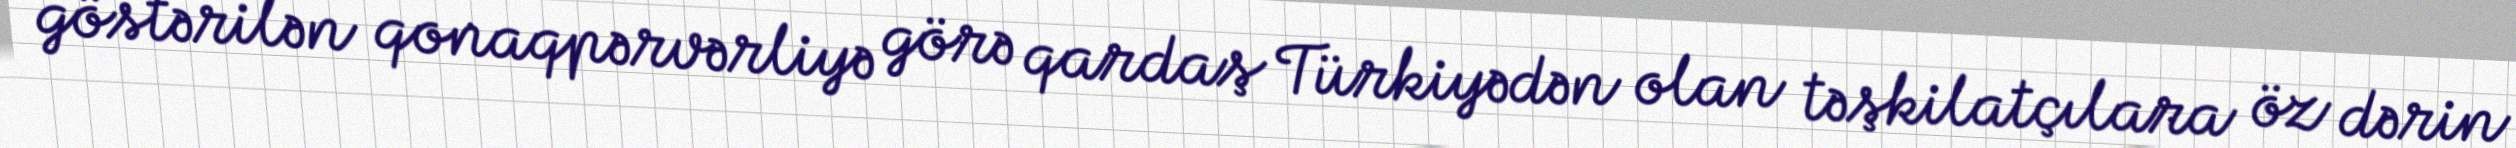
göstərilən qonaqpərvərliyə görə qardaş Türkiyədən olan təşkilatçılara öz dərin